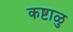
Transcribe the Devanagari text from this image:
कष्टाळु